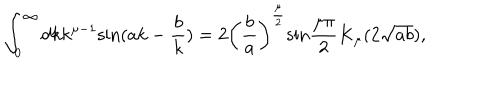
\int _ { 0 } ^ { \infty } d k k ^ { { \mu } - 1 } \mathrm { s i n } ( a k - \frac { b } { k } ) = 2 \left( \frac { b } { a } \right) ^ { \frac { \mu } { 2 } } \mathrm { s i n } \frac { { \mu } { \pi } } { 2 } K _ { \mu } ( 2 \sqrt { a b } ) ,